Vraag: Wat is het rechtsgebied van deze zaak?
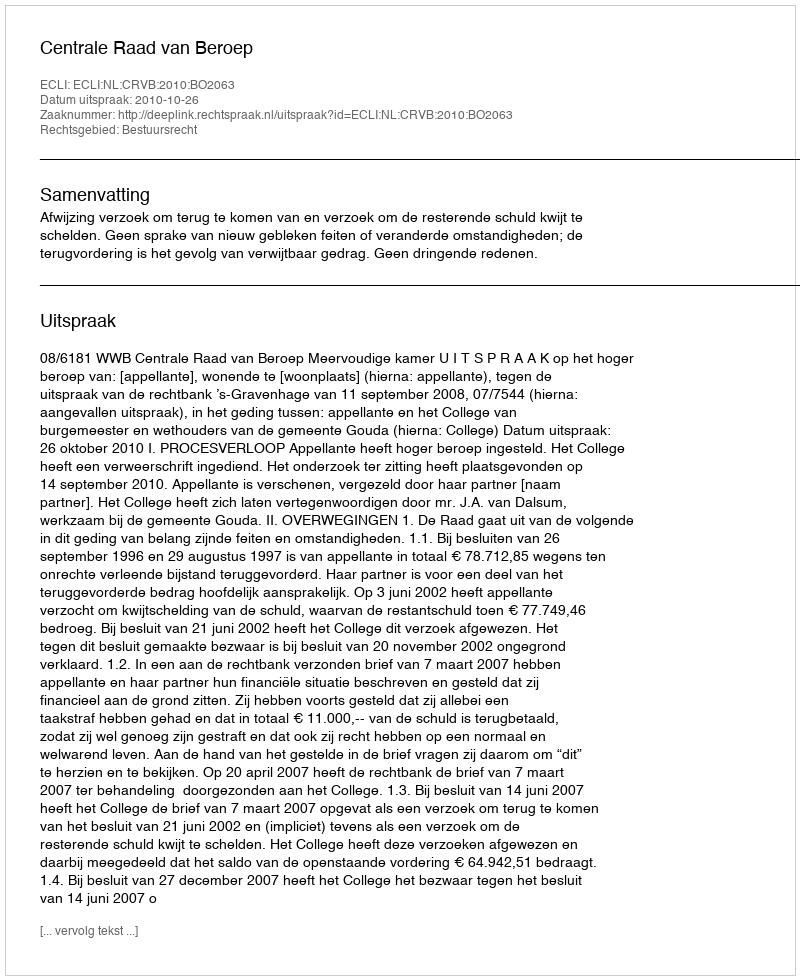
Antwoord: Bestuursrecht